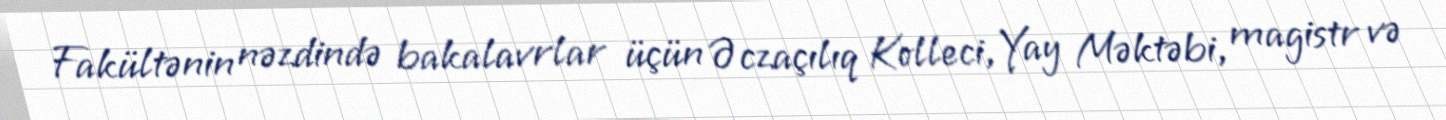
Fakültənin nəzdində bakalavrlar üçün Əczaçılıq Kolleci, Yay Məktəbi, magistr və